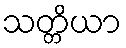
သတ္တိယာ